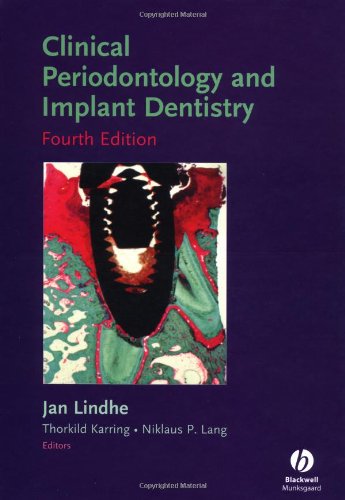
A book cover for Clinical Periodontology and Implant Dentistry; Medical Books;